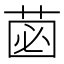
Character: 𮏗